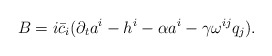
\begin{align*}B = i\bar c_{i}(\partial_{t}a^{i} - h^{i} - \alpha a^{i} - \gamma \omega^{ij}q_{j}).\end{align*}